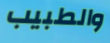
والطبيب